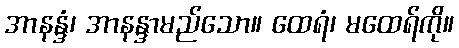
အာနန္ဒံ၊ အာနန္ဒာမည်သော။ ထေရံ၊ မထေရ်ကို။